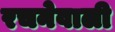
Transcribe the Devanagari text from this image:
रचनेवाली